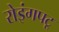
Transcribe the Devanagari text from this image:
रोइंगपटू